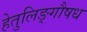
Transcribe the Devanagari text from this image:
हेतुलिङ्गौषध